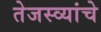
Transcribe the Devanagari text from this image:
तेजस्व्यांचे